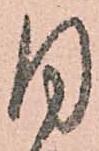
同